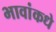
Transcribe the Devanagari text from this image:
भावांकधे